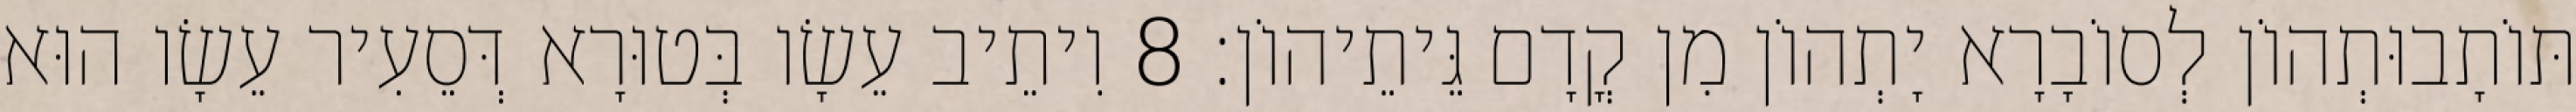
תּוֹתָבוּתְהוֹן לְסוֹבָרָא יָתְהוֹן מִן קֳדָם גֵּיתֵיהוֹן׃ 8 וִיתֵיב עֵשָׂו בְּטוּרָא דְּסֵעִיר עֵשָׂו הוּא